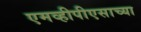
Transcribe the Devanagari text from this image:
एमव्हीपीएसाच्या